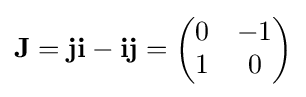
\mathbf {J} =\mathbf {ji} -\mathbf {ij} ={\begin{pmatrix}0&-1\\1&0\end{pmatrix}}